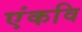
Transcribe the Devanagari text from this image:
एंकवि